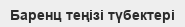
Баренц теңізі түбектері